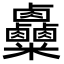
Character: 𥾄